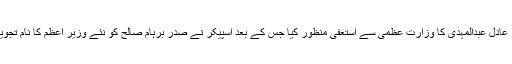
عراقی پارلیمان نے اتوار کو عادل عبدالمہدی کا وزارتِ عظمیٰ سے استعفیٰ منظور کیا جس کے بعد اسپیکر نے صدر برہام صالح کو نئے وزیرِ اعظم کا نام تجویز کرنے کی ہدایت کی تھی۔